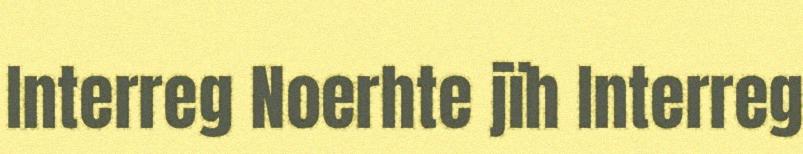
Interreg Noerhte jïh Interreg